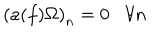
\left( a ( f ) \Omega \right) _ { n } = 0 \forall n